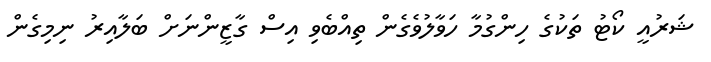
ޝަރުއީ ކޯޓު ތަކުގެ ހިންގުމާ ހަވާލުވެގެން ތިއްބެވި އިސް ގާޒީންނަށް ބަލާއިރު ނިމިގެން